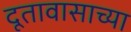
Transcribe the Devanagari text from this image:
दूतावासाच्या